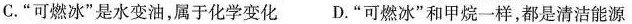
C. “可燃冰”是水变油，属于化学变化 D. “可燃冰”和甲烷一样，都是清洁能源